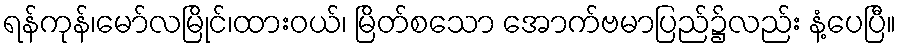
ရန်ကုန်၊မော်လမြိုင်၊ထားဝယ်၊ မြိတ်စသော အောက်ဗမာပြည်၌လည်း နံ့ပေပြီ။